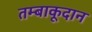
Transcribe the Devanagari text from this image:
तम्बाकूदान